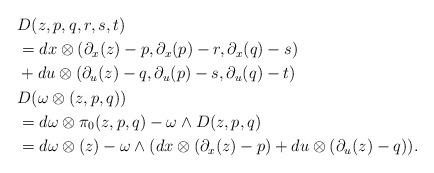
LaTeX: \begin{align*} &D(z,p,q,r,s,t)\\ &=dx\otimes(\partial_x(z)-p,\partial_x(p)-r,\partial_x(q)-s)\\ &+du\otimes(\partial_u(z)-q,\partial_u(p)-s,\partial_u(q)-t)\\ &D(\omega\otimes(z,p,q))\\ &=d\omega\otimes\pi_0(z,p,q)-\omega\wedge D(z,p,q)\\ &=d\omega\otimes (z)-\omega\wedge(dx\otimes(\partial_x(z)-p)+du\otimes(\partial_u(z)-q)). \end{align*}